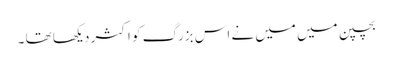
بچپن میں میں نے اس بزرگ کو اکثر دیکھا تھا ۔